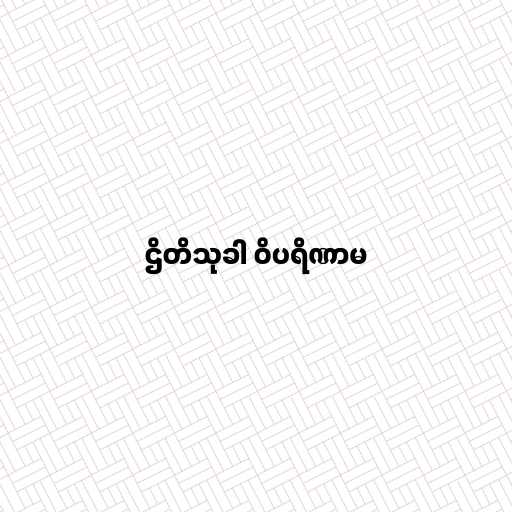
ဌိတိသုခါ ဝိပရိဏာမ